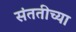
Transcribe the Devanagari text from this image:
संततीच्या